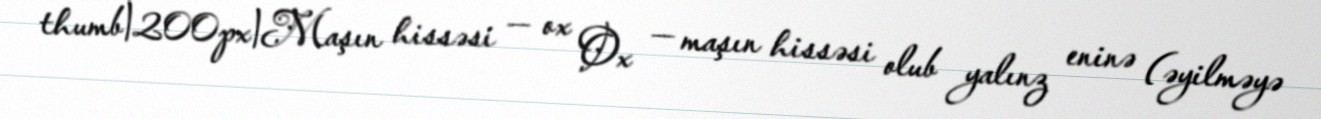
thumb|200px|Maşın hissəsi — ox Ox — maşın hissəsi olub yalınz eninə (əyilməyə